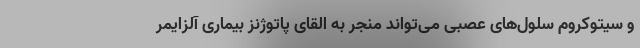
و سیتوکروم سلول‌های عصبی می‌تواند منجر به القای پاتوژنز بیماری آلزایمر